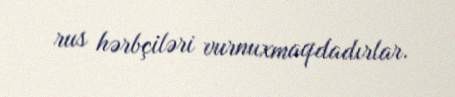
rus hərbçiləri vurnuxmaqdadırlar.